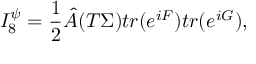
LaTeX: I _ { 8 } ^ { \psi } = { \frac { 1 } { 2 } } { \hat { A } } ( T \Sigma ) t r ( e ^ { i F } ) t r ( e ^ { i G } ) ,